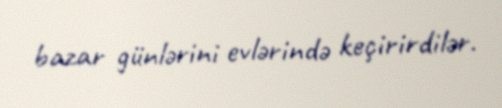
bazar günlərini evlərində keçirirdilər.